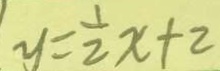
y = \frac { 1 } { 2 } x + 2